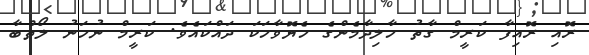
ރޮއި ރޮއިފާ ކަރީމް ގާތު ހާލިދާމެންގެ ހެޔޮވާހަކަ ދައްކައެވެ. ކަރީމް ނުހަނު ލޯތްބާ